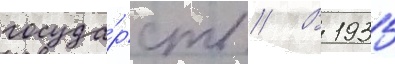
госуда́рств // В 1935